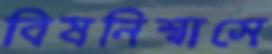
বিষনিশ্বাসে